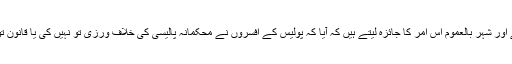
طاقت کے مہلک استعمال کی صورت میں قصبے اور شہر بالعموم اس امر کا جائزہ لیتے ہیں کہ آیا کہ پولیس کے افسروں نے محکمانہ پالیسی کی خلاف ورزی تو نہیں کی یا قانون تو نہیں توڑا اور کیا اُن پر مقدمہ چلایا جانا چاہیے۔